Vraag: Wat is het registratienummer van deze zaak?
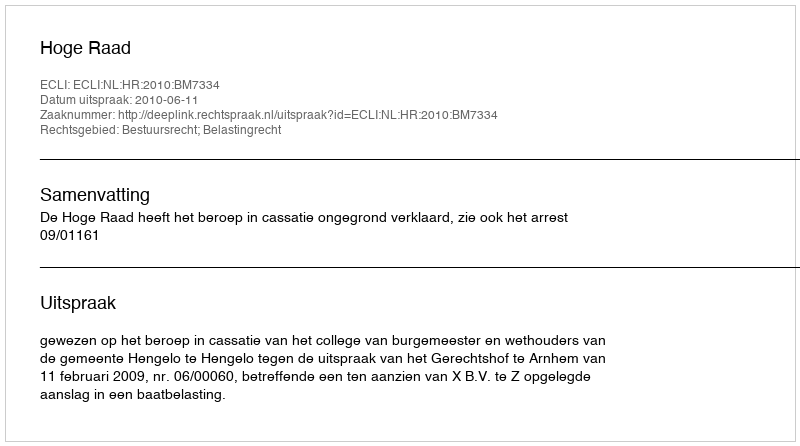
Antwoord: http://deeplink.rechtspraak.nl/uitspraak?id=ECLI:NL:HR:2010:BM7334